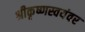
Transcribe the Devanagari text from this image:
श्रीकृष्णस्वयंवर